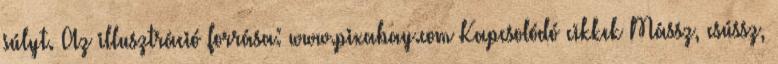
súlyt. Az illusztráció forrása: www.pixabay.com Kapcsolódó cikkek Mássz, csússz,